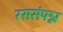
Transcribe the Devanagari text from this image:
रससंपन्न